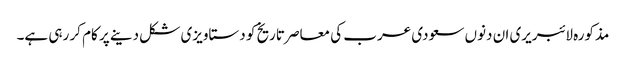
مذکورہ لائبریری ان دنوں سعودی عرب کی معاصر تاریخ کو دستاویزی شکل دینے پر کام کر رہی ہے۔